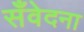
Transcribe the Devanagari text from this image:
सँवेदना